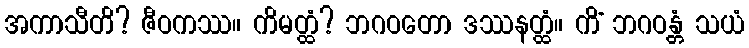
အကာသီတိ? ဇီဝကဿ။ ကိမတ္ထံ? ဘဂဝတော ဒဿနတ္ထံ။ ကိံ ဘဂဝန္တံ သယံ